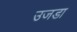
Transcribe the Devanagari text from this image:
उजडा